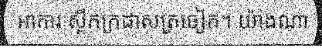
អាការៈស្ពឹកក្រដាសត្រចៀក។ យ៉ាងណា